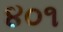
૪૦૧